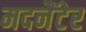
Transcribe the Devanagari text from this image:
मदनैंटेर